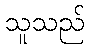
သူသည်